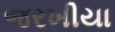
જરખીયા